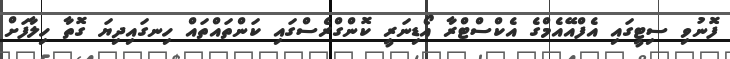
ފޮނުވި ސިޓީގައި އެފްއޭއެމްގެ އެކްސްޓްރާ އޯޑިނަރީ ކޮންގްރެސްގައި ކަންތައްތައް ހިނގައިދިޔަ ގޮތާ ހިލާފަށް